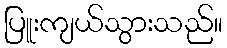
ပြူးကျယ်သွားသည်။